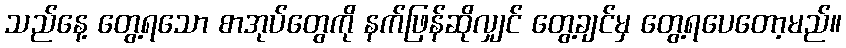
သည်နေ့ တွေ့ရသော စာအုပ်တွေကို နက်ဖြန်ဆိုလျှင် တွေ့ချင်မှ တွေ့ရပေတော့မည်။